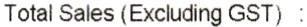
TOTAL SALES (EXCLUDING GST) :